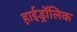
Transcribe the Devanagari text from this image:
हाईड्रॉलिक